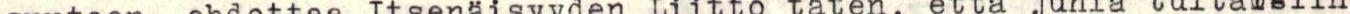
suuteen, ehdottaa Itsenäisyyden Liitto täten, että juhla tultaisiin